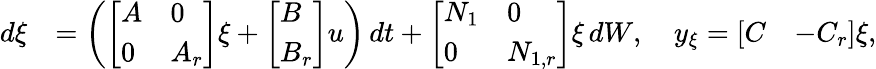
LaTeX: \begin{array}{rl}{d\xi}&{=\left(\left[\begin{array}{ll}{A}&{0}\\ {0}&{A_{r}}\end{array}\right]\xi+\left[\begin{array}{l}{B}\\ {B_{r}}\end{array}\right]u\right)\, dt+\left[\begin{array}{ll}{N_{1}}&{0}\\ {0}&{N_{1,r}}\end{array}\right]\xi\, dW,\quad y_{\xi}=\left[\begin{array}{ll}{C}&{-C_{r}}\end{array}\right]\xi,}\end{array}